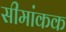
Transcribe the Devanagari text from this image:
सीमांकक